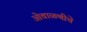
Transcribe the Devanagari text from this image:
ओवाळणीचे